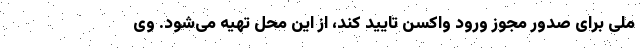
ملی برای صدور مجوز ورود واکسن تایید کند، از این محل تهیه می‌شود. وی